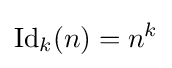
{\text{Id}}_{k}(n)=n^{k}